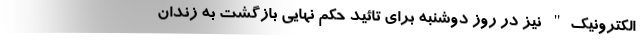
الکترونیک" نیز در روز دوشنبه برای تائید حکم نهایی بازگشت به زندان